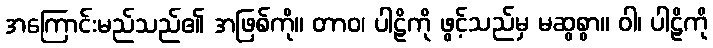
အကြောင်းမည်သည်၏ အဖြစ်ကို။ တာဝ၊ ပါဠိကို ဖွင့်သည်မှ မဆွစွာ။ ဝါ၊ ပါဠိကို